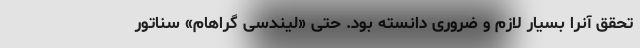
تحقق آنرا بسیار لازم و ضروری دانسته بود. حتی «لیندسی گراهام» سناتور